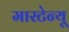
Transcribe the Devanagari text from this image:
मारटेन्यू